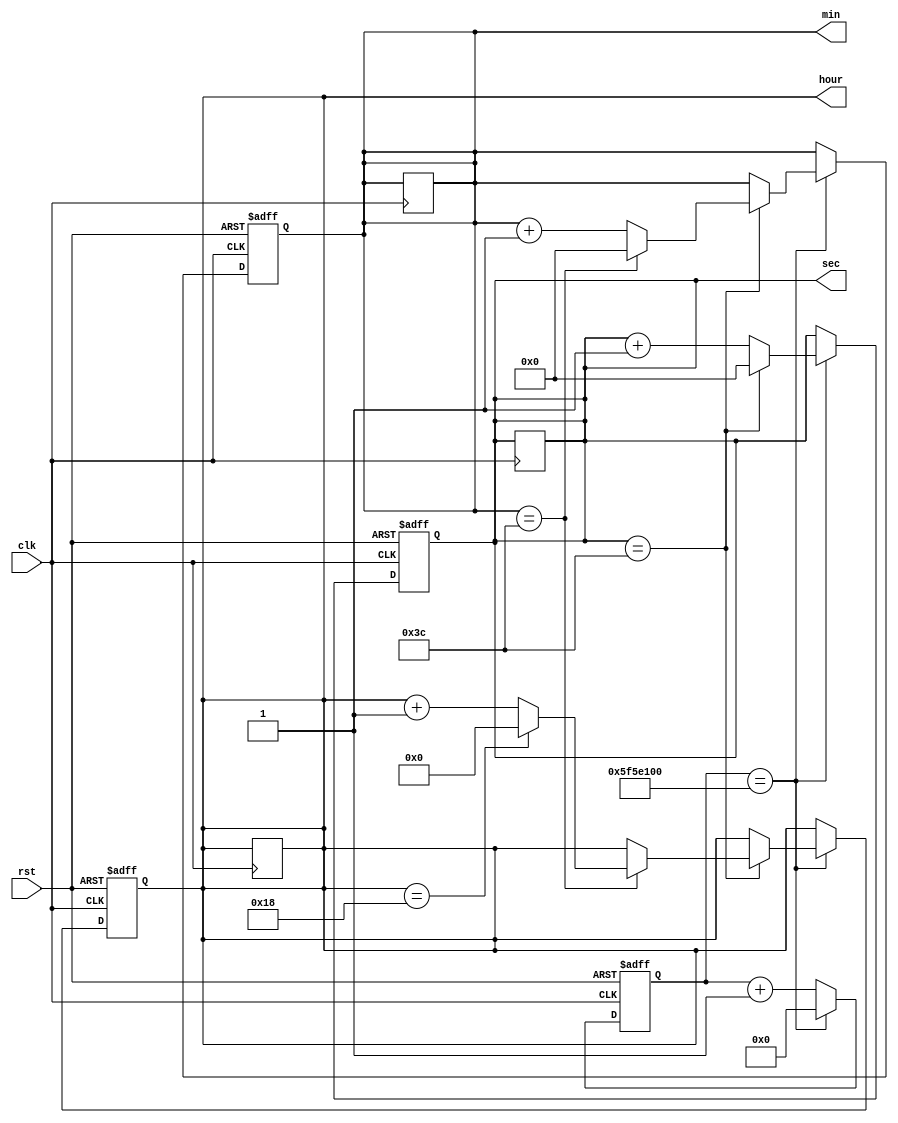
module rtc_timer (
    input wire clk,      // Clock signal
    input wire rst,      // Reset signal
    output reg [5:0] sec,  // Seconds counter
    output reg [5:0] min,  // Minutes counter
    output reg [4:0] hour  // Hours counter
);

reg [31:0] count;
reg update;

always @(posedge clk or negedge rst) begin
    if (!rst) begin
        count <= 0;
        sec <= 6'b000000;
        min <= 6'b000000;
        hour <= 5'b00000;
        update <= 1'b0;
    end else begin
        count <= count + 1;
        if (count == 100000000) begin   // 1 second
            count <= 0;
            sec <= sec + 1;
            update <= 1'b1;
            if (sec == 60) begin
                sec <= 6'b000000;
                min <= min + 1;
                if (min == 60) begin
                    min <= 6'b000000;
                    hour <= hour + 1;
                    if (hour == 24) begin
                        hour <= 5'b00000;
                    end
                end
            end
        end else begin
            update <= 1'b0;
        end
    end
end

// Synchronization block
always @(posedge clk) begin
    if (update) begin
        sec <= sec;  // Synchronize seconds counter
        min <= min;  // Synchronize minutes counter
        hour <= hour;  // Synchronize hours counter
    end
end

endmodule